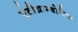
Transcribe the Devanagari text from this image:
एंटीथ्राम्बोटिक